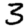
Digit: 3